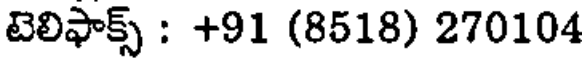
టెలిఫాక్స్ : +91 (8518) 270104